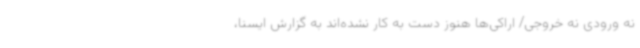
نه ورودی نه خروجی/ اراکی‌ها هنوز دست به کار نشده‌اند به گزارش ایسنا،